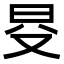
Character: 𣅝